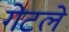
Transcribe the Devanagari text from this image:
गेटले